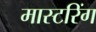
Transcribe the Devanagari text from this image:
मास्‍टरिंग